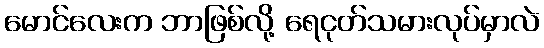
မောင်လေးက ဘာဖြစ်လို့ ရေငုတ်သမားလုပ်မှာလဲ